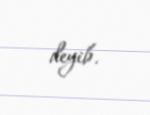
deyib.